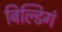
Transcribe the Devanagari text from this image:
बिल्डिगं